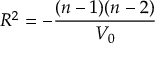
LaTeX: R ^ { 2 } = - \frac { ( n - 1 ) ( n - 2 ) } { V _ { 0 } }